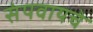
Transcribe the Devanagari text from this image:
संपवायचे